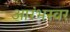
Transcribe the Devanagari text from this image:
आरंभस्वर